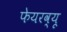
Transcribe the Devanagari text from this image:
फेयरव्यू